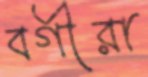
বর্গীরা